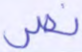
نصر